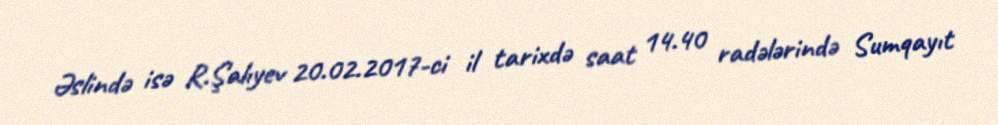
Əslində isə R.Şalıyev 20.02.2017-ci il tarixdə saat 14.40 radələrində Sumqayıt